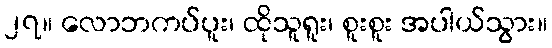
၂၇။ လောဘကပ်ပူး၊ ထိုသူရူး၊ စူးစူး အပါယ်သွား။